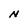
Character: N